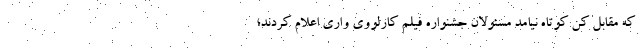
که مقابل کن کوتاه نیامد مسئولان جشنواره فیلم کارلووی واری اعلام کردند؛